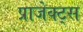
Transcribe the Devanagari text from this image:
प्राजेक्ट्स